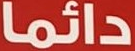
دائما